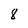
Character: 8